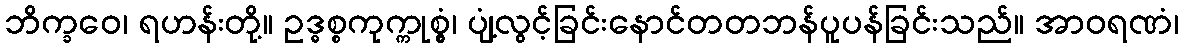
ဘိက္ခဝေ၊ ရဟန်းတို့။ ဥဒ္ဓစ္စကုက္ကုစ္စွံ၊ ပျံ့လွင့်ခြင်းနောင်တတဘန်ပူပန်ခြင်းသည်။ အာဝရဏံ၊